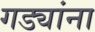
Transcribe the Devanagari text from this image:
गड्यांना